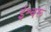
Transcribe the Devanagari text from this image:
ईश्वरू